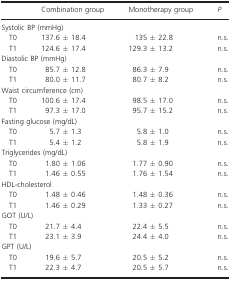
<table><thead><tr><td></td><td><b>Combination group</b></td><td><b>Monotherapy group</b></td><td><b><i>P</i></b></td></tr></thead><tbody><tr><td colspan="4">Systolic BP (mmHg)</td></tr><tr><td> T0</td><td>137.6 ± 18.4</td><td>135 ± 22.8</td><td>n.s.</td></tr><tr><td> T1</td><td>124.6 ± 17.4</td><td>129.3 ± 13.2</td><td>n.s.</td></tr><tr><td colspan="4">Diastolic BP (mmHg)</td></tr><tr><td> T0</td><td>85.7 ± 12.8</td><td>86.3 ± 7.9</td><td>n.s.</td></tr><tr><td> T1</td><td>80.0 ± 11.7</td><td>80.7 ± 8.2</td><td>n.s.</td></tr><tr><td colspan="4">Waist circumference (cm)</td></tr><tr><td> T0</td><td>100.6 ± 17.4</td><td>98.5 ± 17.0</td><td>n.s.</td></tr><tr><td> T1</td><td>97.3 ± 17.0</td><td>95.7 ± 15.2</td><td>n.s.</td></tr><tr><td colspan="4">Fasting glucose (mg/dL)</td></tr><tr><td> T0</td><td>5.7 ± 1.3</td><td>5.8 ± 1.0</td><td>n.s.</td></tr><tr><td> T1</td><td>5.4 ± 1.2</td><td>5.8 ± 1.9</td><td>n.s.</td></tr><tr><td colspan="4">Triglycerides (mg/dL)</td></tr><tr><td> T0</td><td>1.80 ± 1.06</td><td>1.77 ± 0.90</td><td>n.s.</td></tr><tr><td> T1</td><td>1.46 ± 0.55</td><td>1.76 ± 1.54</td><td>n.s.</td></tr><tr><td colspan="4">HDL-cholesterol</td></tr><tr><td> T0</td><td>1.48 ± 0.46</td><td>1.48 ± 0.36</td><td>n.s.</td></tr><tr><td> T1</td><td>1.46 ± 0.29</td><td>1.33 ± 0.27</td><td>n.s.</td></tr><tr><td colspan="4">GOT (U/L)</td></tr><tr><td> T0</td><td>21.7 ± 4.4</td><td>22.4 ± 5.5</td><td>n.s.</td></tr><tr><td> T1</td><td>23.1 ± 3.9</td><td>24.4 ± 4.0</td><td>n.s.</td></tr><tr><td colspan="4">GPT (U/L)</td></tr><tr><td> T0</td><td>19.6 ± 5.7</td><td>20.5 ± 5.2</td><td>n.s.</td></tr><tr><td> T1</td><td>22.3 ± 4.7</td><td>20.5 ± 5.7</td><td>n.s.</td></tr></tbody></table>